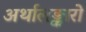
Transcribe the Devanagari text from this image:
अर्थालङ्कारो